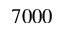
7 0 0 0